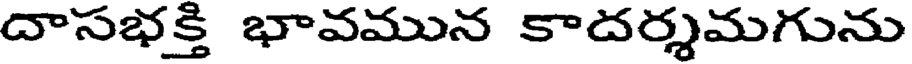
దాసభక్తి భావమున కాదర్శమగును